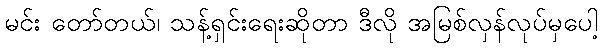
မင်း တော်တယ်၊ သန့်ရှင်းရေးဆိုတာ ဒီလို အမြစ်လှန်လုပ်မှပေါ့